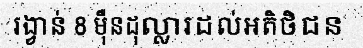
រង្វាន់ 8 ម៉ឺនដុល្លារដល់អតិថិជន